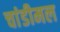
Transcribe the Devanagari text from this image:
चांडीमल